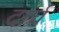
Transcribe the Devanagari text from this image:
दार्घ